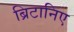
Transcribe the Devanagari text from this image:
ब्रिटानिए